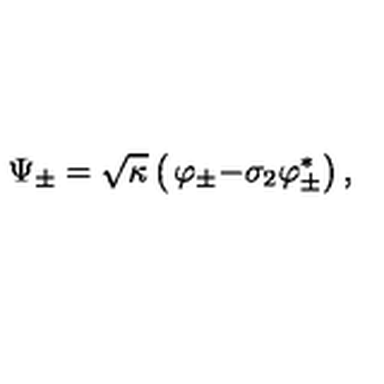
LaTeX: \Psi _ { \pm } = \sqrt { \kappa } \left( \begin{matrix} { \varphi _ { \pm } } \\ { - \sigma _ { 2 } \varphi _ { \pm } ^ { \ast } } \\ \end{matrix} \right) ,